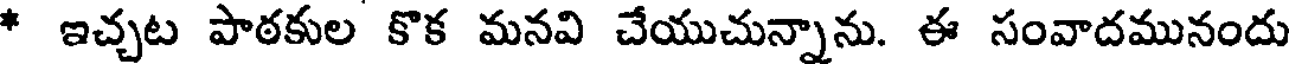
* ఇచ్చట పాఠకుల కొక మనవి చేయుచున్నాను. ఈ సంవాదమునందు